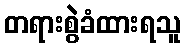
တရားစွဲခံထားရသူ